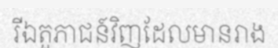
រីឯតួភាជន៍វិញដែលមានរាង